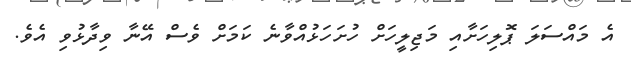
އެ މައްސަލަ ޕޮލިހަށާއި މަޖިލީހަށް ހުށަހަޅުއްވާނެ ކަމަށް ވެސް އޭނާ ވިދާޅުވި އެވެ.